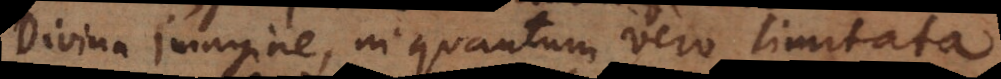
Divina imagine, in quantum vero limitata